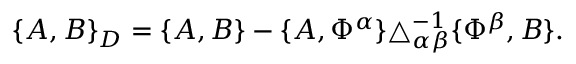
\begin{array} { r } { \{ A , B \} _ { D } = \{ A , B \} - \{ A , \Phi ^ { \alpha } \} \triangle _ { \alpha \beta } ^ { - 1 } \{ \Phi ^ { \beta } , B \} . } \end{array}